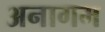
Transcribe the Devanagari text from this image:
अनागम